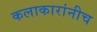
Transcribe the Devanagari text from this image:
कलाकारांनीच